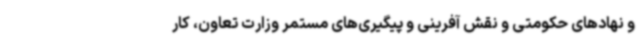
و نهادهای حکومتی و نقش آفرینی و پیگیری‌های مستمر وزارت تعاون، کار